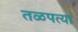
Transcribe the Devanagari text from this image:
तळपत्या